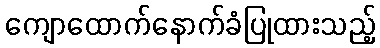
ကျောထောက်နောက်ခံပြုထားသည့်